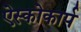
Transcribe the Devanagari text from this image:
ऐस्कोकार्प